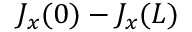
J _ { x } ( 0 ) - J _ { x } ( L )